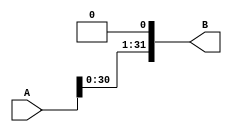
module ShiftLeftNBit #(parameter N=32)(input [N-1:0] A, output [N-1:0] B );

assign B = {A[N-2:0],1'b0};

endmodule